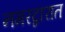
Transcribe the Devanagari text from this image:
नगरद्वारात